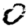
Digit: 0